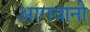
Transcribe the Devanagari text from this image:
आगवानी